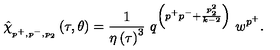
\hat { \chi } _ { _ { p ^ { + } , p ^ { - } , p _ { 2 } } } \left( \tau , \theta \right) = \frac { 1 } { \eta \left( \tau \right) ^ { 3 } } \ q ^ { \left( p ^ { + } p ^ { - } + \frac { p _ { 2 } ^ { 2 } } { k - 2 } \right) } \ w ^ { p ^ { + } } .